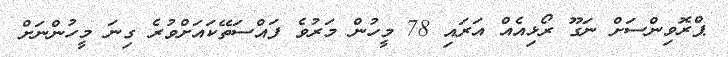
ޕްރޮވިންސަށް ނަގޫ ރޯޅިއެއް އަރައި 78 މީހުން މަރުވެ ފައްސަތޭކައަށްވުރެ ގިނަ މީހުންނަށް